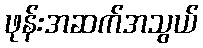
ဖုန်းအဆက်အသွယ်